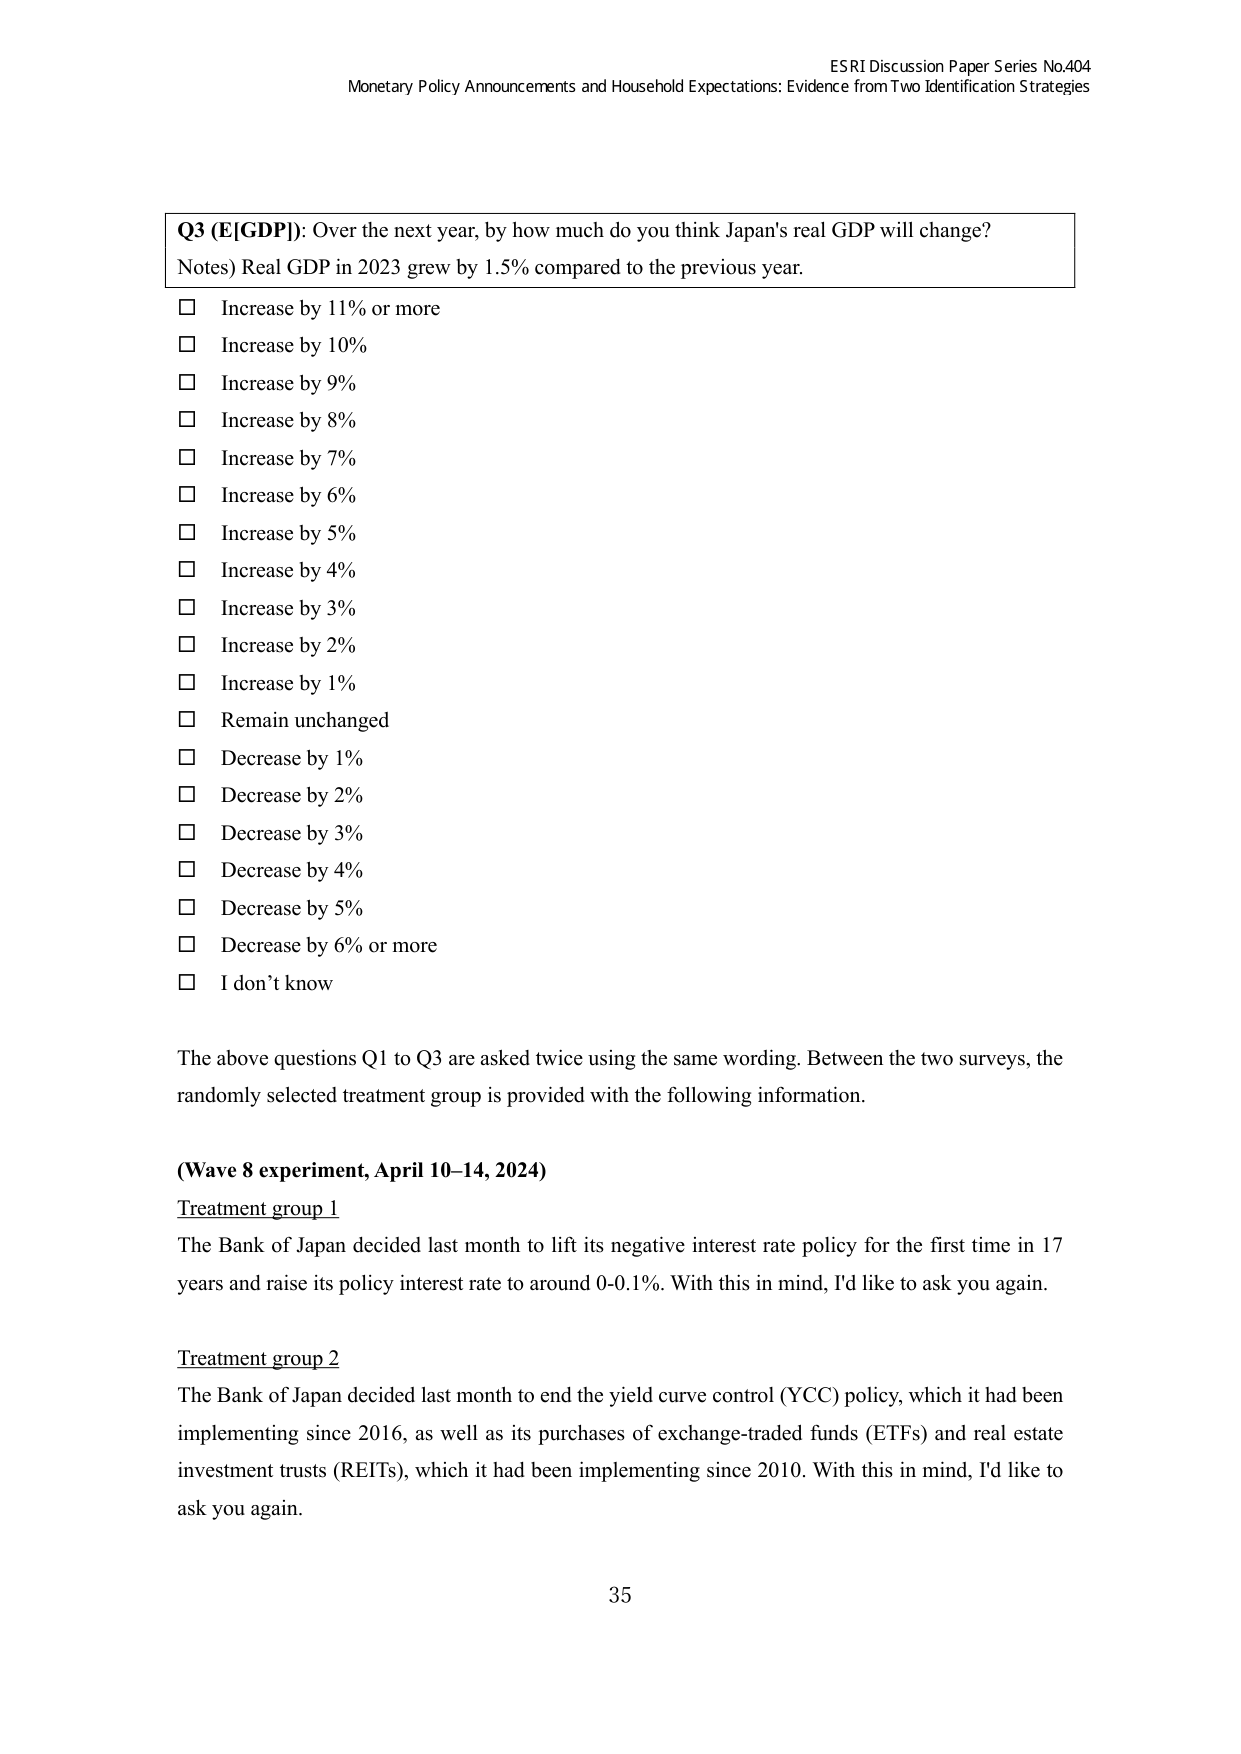
ESRI Discussion Paper Series No.404
Monetary Policy Announcements and Household Expectations: Evidence from Two Identification Strategies

Q3 (E[GDP]): Over the next year, by how much do you think Japan's real GDP will change?
Notes) Real GDP in 2023 grew by 1.5% compared to the previous year.
□ Increase by 11% or more
□ Increase by 10%
□ Increase by 9%
□ Increase by 8%
□ Increase by 7%
□ Increase by 6%
□ Increase by 5%
□ Increase by 4%
□ Increase by 3%
□ Increase by 2%
□ Increase by 1%
□ Remain unchanged
□ Decrease by 1%
□ Decrease by 2%
□ Decrease by 3%
□ Decrease by 4%
□ Decrease by 5%
□ Decrease by 6% or more
□ I don’t know

The above questions Q1 to Q3 are asked twice using the same wording. Between the two surveys, the randomly selected treatment group is provided with the following information.

(Wave 8 experiment, April 10–14, 2024)
Treatment group 1
The Bank of Japan decided last month to lift its negative interest rate policy for the first time in 17 years and raise its policy interest rate to around 0–0.1%. With this in mind, I’d like to ask you again.

Treatment group 2
The Bank of Japan decided last month to end the yield curve control (YCC) policy, which it had been implementing since 2016, as well as its purchases of exchange-traded funds (ETFs) and real estate investment trusts (REITs), which it had been implementing since 2010. With this in mind, I’d like to ask you again.

35